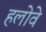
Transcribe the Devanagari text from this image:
हलोवे